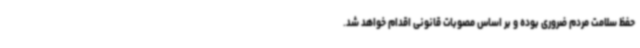
حفظ سلامت مردم ضروری بوده و بر اساس مصوبات قانونی اقدام خواهد شد.